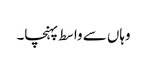
وہاں سے واسط پہنچا۔